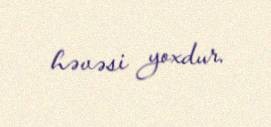
həvəsi yoxdur.